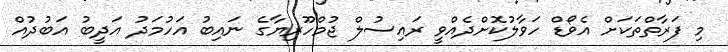
މި ފަރާތްތަކަށް އެވޯޑް ހަވާލުކޮށްދެއްވީ ރައިސުލް ޖުމްހޫރިޔާގެ ނައިބު އަހުމަދު އަދީބު އަބުދުއް